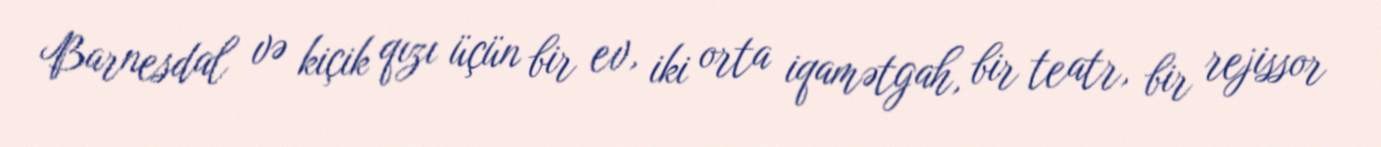
Barnesdal və kiçik qızı üçün bir ev, iki orta iqamətgah, bir teatr, bir rejissor